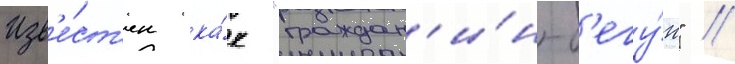
Изв'е́ст'ен ка́к "граждан'и́н-б'егу́н" /